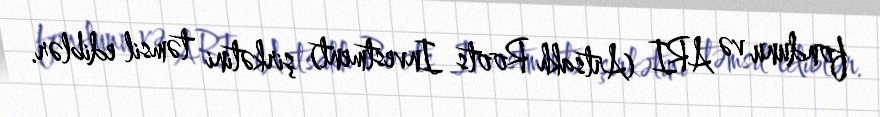
fondunu və ARI (Artsakh Roots Investment) şirkətini təmsil ediblər.